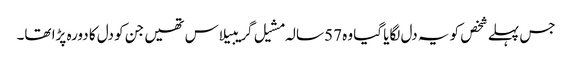
جس پہلے شخص کو یہ دل لگایا گیا وہ 57 سالہ مشیل گریبیلاس تھیں جن کو دل کا دورہ پڑا تھا۔